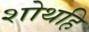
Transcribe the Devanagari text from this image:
शोथहि